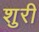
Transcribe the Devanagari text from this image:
शुरी